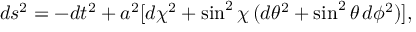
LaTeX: d s ^ { 2 } = - d t ^ { 2 } + a ^ { 2 } [ d \chi ^ { 2 } + \sin ^ { 2 } \chi \, ( d \theta ^ { 2 } + \sin ^ { 2 } \theta \, d \phi ^ { 2 } ) ] ,